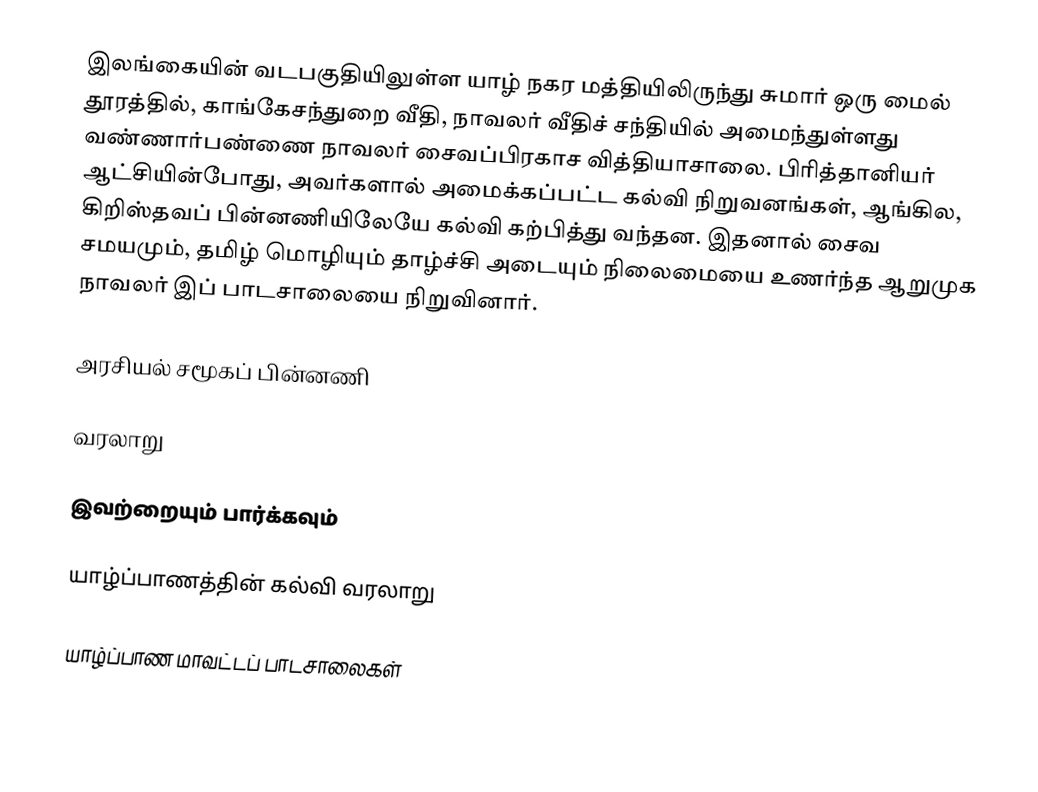
இலங்கையின் வடபகுதியிலுள்ள யாழ் நகர மத்தியிலிருந்து சுமார் ஒரு மைல் தூரத்தில், காங்கேசந்துறை வீதி, நாவலர் வீதிச் சந்தியில் அமைந்துள்ளது வண்ணார்பண்ணை நாவலர் சைவப்பிரகாச வித்தியாசாலை. பிரித்தானியர் ஆட்சியின்போது, அவர்களால் அமைக்கப்பட்ட கல்வி நிறுவனங்கள், ஆங்கில, கிறிஸ்தவப் பின்னணியிலேயே கல்வி கற்பித்து வந்தன. இதனால் சைவ சமயமும், தமிழ் மொழியும் தாழ்ச்சி அடையும் நிலைமையை உணர்ந்த ஆறுமுக நாவலர் இப் பாடசாலையை நிறுவினார்.

அரசியல் சமூகப் பின்னணி

வரலாறு

இவற்றையும் பார்க்கவும்

 யாழ்ப்பாணத்தின் கல்வி வரலாறு

யாழ்ப்பாண மாவட்டப் பாடசாலைகள்